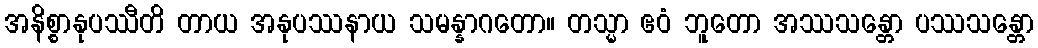
အနိစ္စာနုပဿီတိ တာယ အနုပဿနာယ သမန္နာဂတော။ တသ္မာ ဧဝံ ဘူတော အဿသန္တော ပဿသန္တော